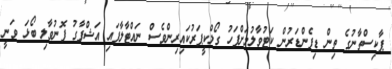
ޕާކިސްތާނުގެ ތިން ޑިފެންޑަރުން ކަޓުވާލުމަށްފަހު ގޯލްކީޕަރުކައިރިންވެސް ނައްޓާލާފައި އަޝްފާގު ފޮނުވާލި ބޯޅަ ވަނީ